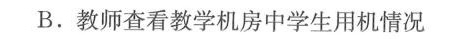
B.教师查看教学机房中学生用机情况